Vaccination in Bombay 1902-1912 - 1902-1912
Year: 1902
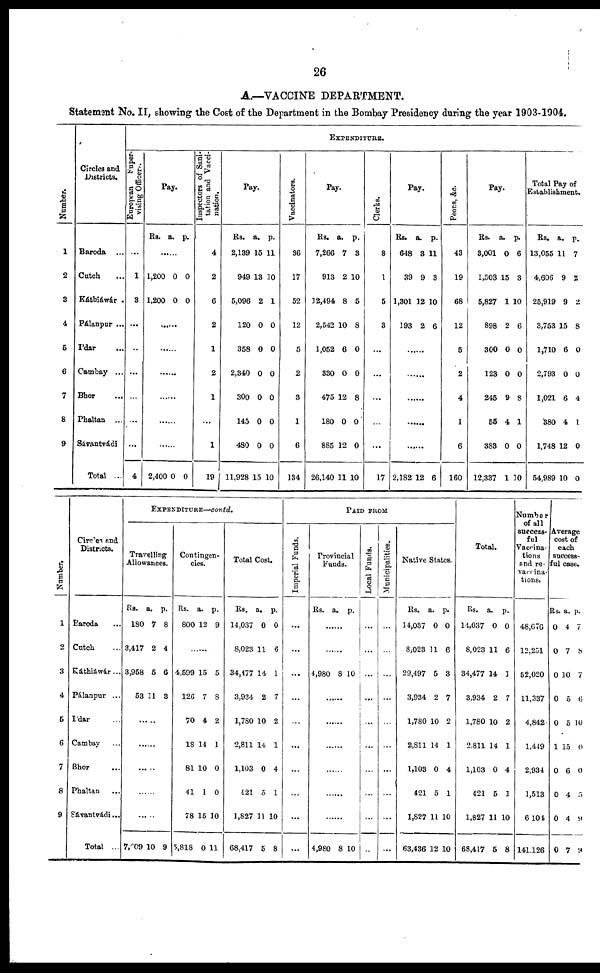
26
A.—VACCINE DEPARTMENT.
Statement No. II, showing the Cost of the Department in the Bombay Presidency during the year 1903-1904.
Number.
1
2
3
4
5
6
7
8
9
Circles and
Districts.
Baroda ...
Cutch ...
Káthiáwár .
Pálanpur ...
Ídar ...
Cambay ...
Bhor ...
Phaltan ...
Sávantvádi
Total ...
EXPENDITURE.
European
Super-
vising Officer.
...
1
3
...
...
...
...
...
...
4
Pay.
Rs. a. p.
......
1,200
1,200
0
0
0
0
......
......
......
......
......
......
2,400 0 0
Inspectors of Sani-
tation and Vacci-
nation.
4
2
6
2
1
2
1
...
1
19
Pay.
Rs.
2,139
949
5,096
120
358
2,340
300
145
480
11,928
a.
15
13
2
0
0
0
0
0
0
15
p.
11
10
1
0
0
0
0
0
0
10
Vaccinators.
36
17
52
12
5
2
3
1
6
134
Pay.
Rs.
7,266
913
12,494
2,542
1,052
330
475
180
885
26,140
a.
7
2
8
10
6
0
12
0
12
11
p.
3
10
5
8
0
0
8
0
0
10
Clerks.
8
1
5
3
...
...
...
...
...
17
Pay.
Rs.
648
39
1,301
193
a.
3
9
12
2
p.
11
3
10
6
......
......
......
......
......
2,182 12 6
Peons, &c.
43
19
68
12
5
2
4
1
6
160
Pay.
Rs.
3,001
1,503
5,827
898
300
123
245
55
383
12,337
a.
0
15
1
2
0
0
9
4
0
1
p.
6
3
10
6
0
0
8
1
0
10
Total Pay of
Establishment.
Rs.
13,055
4,606
25,919
3,753
1,710
2,793
1,021
380
1,748
54,989
a.
11
9
9
15
6
0
6
4
12
10
p.
7
2
2
8
0
0
4
1
0
0
Number.
1
2
3
4
5
6
7
8
9
Circles and
Districts.
Baroda ...
Cutch ...
Káthiáwár...
Pálanpur ...
Ídar ...
Cambay ...
Bhor ...
Phaltan ...
Sávantvádi...
Total ...
EXPENDITURE—contd.
Travelling
Allowances.
Rs.
180
3,417
3,958
53
a.
7
2
5
11
p.
8
4
6
3
......
......
......
......
......
7,609 10 9
Contingen-
cies.
Rs.
800
a.
12
p.
9
......
4,599
126
70
18
81
41
78
5,818
15
7
4
14
10
1
15
0
5
8
2
1
0
0
10
11
Total Cost.
Rs.
14,037
8,023
34,477
3,934
1,780
2,811
1,103
421
1,827
68,417
a.
0
11
14
2
10
14
0
5
11
5
p.
0
6
1
7
2
1
4
1
10
8
PAID FROM
Imperial Funds.
...
...
...
...
...
...
...
...
...
...
Provincial
Funds.
Rs. a. p.
......
......
4,980 8 10
......
......
......
......
......
......
4,980 8 10
Local Funds.
...
...
...
...
...
...
...
...
...
...
Municipalities.
...
...
...
...
...
...
...
...
...
...
Native States.
Rs.
14,037
8,023
29,497
3,934
1,780
2,811
1,103
421
1,827
63,436
a.
0
11
5
2
10
14
0
5
11
12
p.
0
6
3
7
2
1
4
1
10
10
Total.
Rs.
14,037
8,023
34,477
3,934
1,780
2,811
1,103
421
1,827
68,417
a.
0
11
14
2
10
14
0
5
11
5
p.
0
6
1
7
2
1
4
3
10
8
Number
of all
success-
ful
Vaccina-
tions
and re-
vaccina-
tions.
48,676
12,251
52,020
11,337
4,842
1,449
2,934
1,513
6,104
141,126
Average
cost of
each
success-
ful case.
Rs.
0
0
0
0
0
1
0
0
0
0
a.
4
7
10
5
5
15
6
4
4
7
p.
7
8
7
6
10
0
0
5
9
9